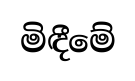
මිඳීමේ